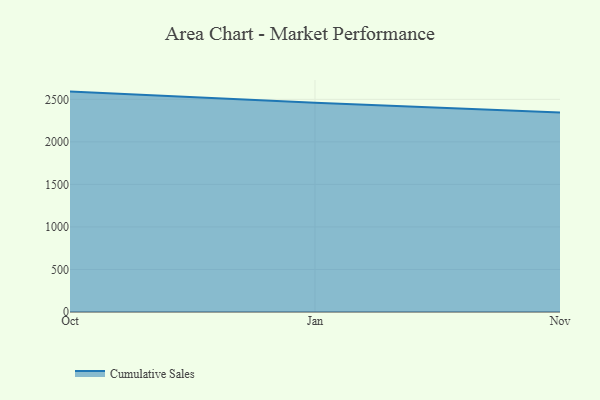
{"axis": {"x": "Month", "y": "Backlog"}, "legend": ["Cumulative Sales"], "data": [{"x": "Oct", "y": 2590.9, "type": "Cumulative Sales"}, {"x": "Jan", "y": 2458.5, "type": "Cumulative Sales"}, {"x": "Nov", "y": 2344.4, "type": "Cumulative Sales"}]}